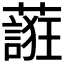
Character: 𬞷